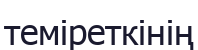
теміреткінің